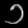
Digit: ၁